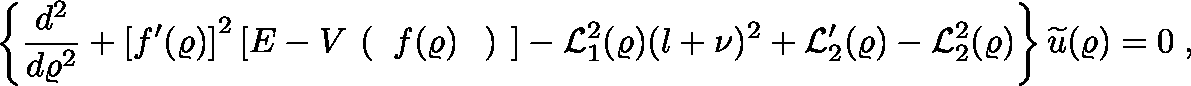
\left\{ \frac { d ^ { 2 } } { d \varrho ^ { 2 } } + \left[ f ^ { \prime } ( \varrho ) \right] ^ { 2 } \left[ E - V \mathrm { \boldmath \large ~ \left( ~ \right. ~ } \! \! f ( \varrho ) \! \mathrm { \boldmath \large ~ \left. ~ \right) ~ } \right] - { \mathcal L } _ { 1 } ^ { 2 } ( \varrho ) ( l + \nu ) ^ { 2 } + { \mathcal L } _ { 2 } ^ { \prime } ( \varrho ) - { \mathcal L } _ { 2 } ^ { 2 } ( \varrho ) \right\} \widetilde { u } ( \varrho ) = 0 \; ,